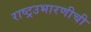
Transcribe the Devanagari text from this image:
राष्ट्रउभारणीची